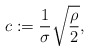
\begin{align*} c:= \frac{1}{\sigma} \sqrt{\frac{\rho}{2}},\end{align*}